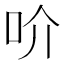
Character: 吤